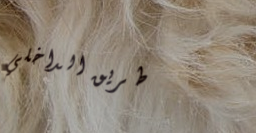
طريق الداخلي